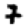
Digit: 7